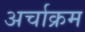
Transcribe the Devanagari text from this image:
अर्चाक्रम